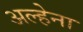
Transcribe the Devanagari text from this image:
अल्हेना